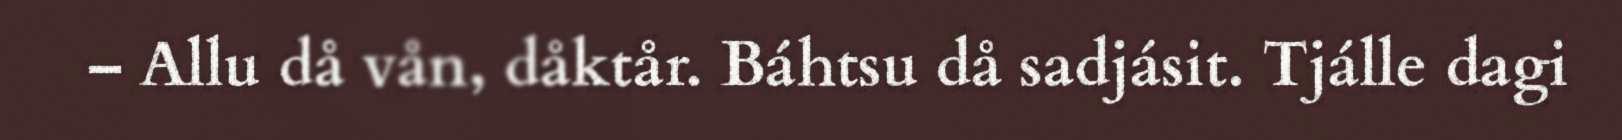
– Allu då vån, dåktår. Báhtsu då sadjásit. Tjálle dagi